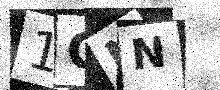
Text: 1CNN